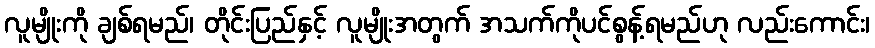
လူမျိုးကို ချစ်ရမည်၊ တိုင်းပြည်နှင့် လူမျိုးအတွက် အသက်ကိုပင်စွန့်ရမည်ဟု လည်းကောင်း၊